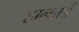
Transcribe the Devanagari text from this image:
हाल्वार्ड